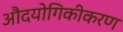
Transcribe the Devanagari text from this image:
औदयोगिकीकरण